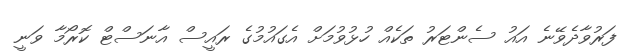
ފަރުވާދެވޭނެ އައު ސެންޓަރު ތަކެއް ހުޅުވުމަށް އެގައުމުގެ ރައީސް އާނަސްޓް ކޮރޯމާ ވަނީ